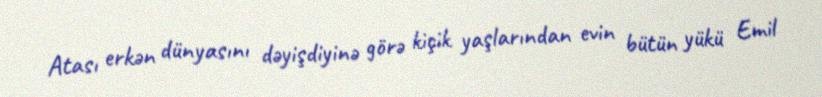
Atası erkən dünyasını dəyişdiyinə görə kiçik yaşlarından evin bütün yükü Emil